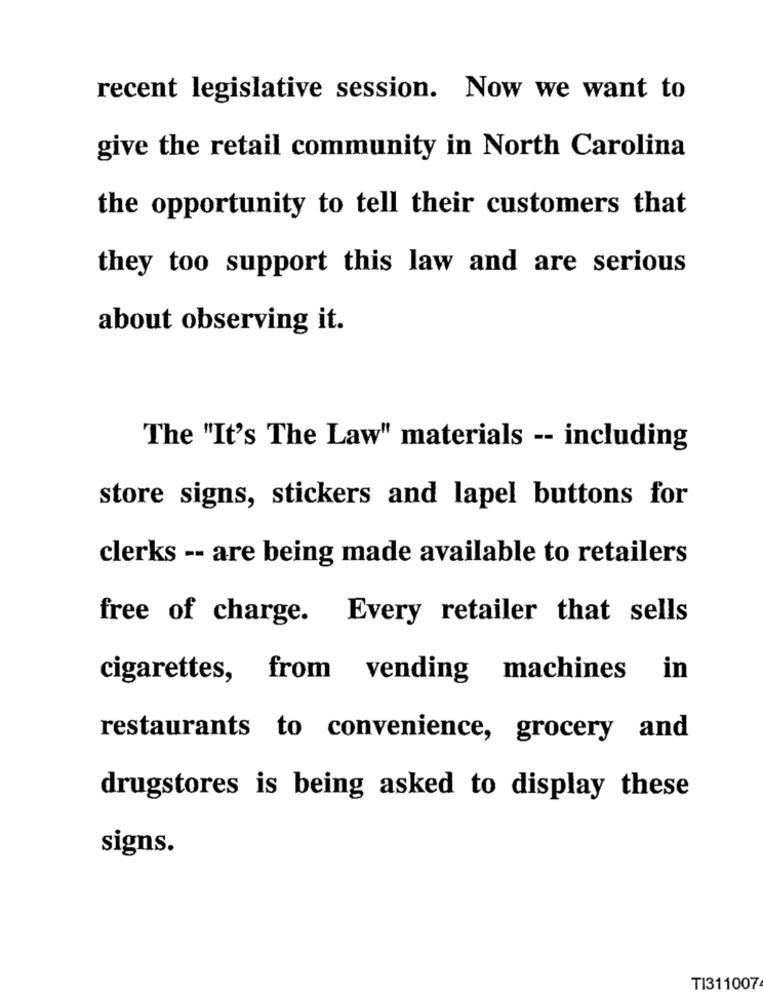
recent legislative session. Now we want to
give the retail community in North Carolina
the opportunity to tell their customers that
they too support this law and are serious
about observing it.
The "It's The Law" materials -- including
store signs, stickers and lapel buttons for
clerks -- are being made available to retailers
free of charge. Every retailer that sells
cigarettes, from vending machines
in
restaurants to convenience, grocery and
drugstores is being asked to display these
signs.
TI311007